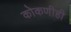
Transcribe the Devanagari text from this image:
कोकणीही